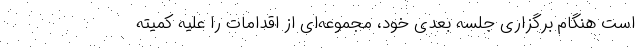
است هنگام برگزاری جلسه بعدی خود، مجموعه‌ای از اقدامات را علیه کمیته